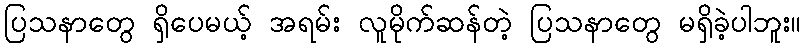
ပြသနာတွေ ရှိပေမယ့် အရမ်း လူမိုက်ဆန်တဲ့ ပြသနာတွေ မရှိခဲ့ပါဘူး။